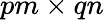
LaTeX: pm\times qn